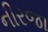
નીરજા